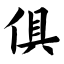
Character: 俱